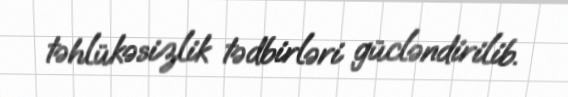
təhlükəsizlik tədbirləri gücləndirilib.